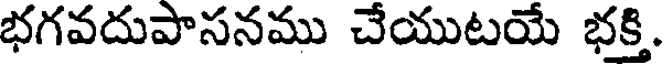
భగవదుపాసనము చేయుటయే భక్తి.